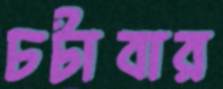
চটাবার